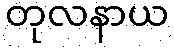
တုလနာယ